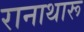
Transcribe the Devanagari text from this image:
रानाथारू